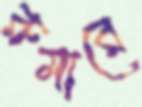
রুমারে